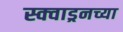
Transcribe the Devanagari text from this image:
स्क्वाड्रनच्या